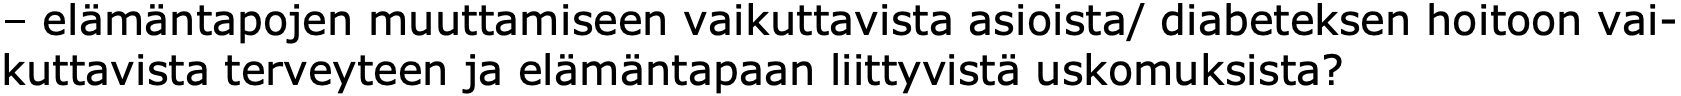
– elämäntapojen muuttamiseen vaikuttavista asioista/ diabeteksen hoitoon vai- kuttavista terveyteen ja elämäntapaan liittyvistä uskomuksista?